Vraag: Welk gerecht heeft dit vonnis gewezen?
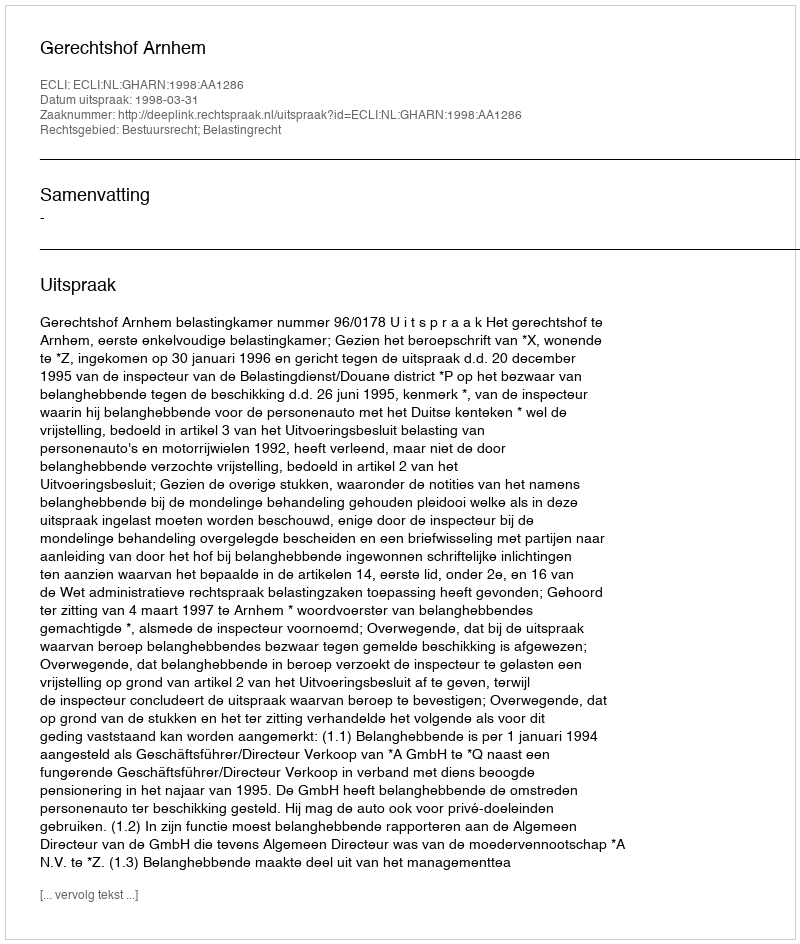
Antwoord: Gerechtshof Arnhem